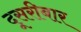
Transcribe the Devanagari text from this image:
दूसरीबार